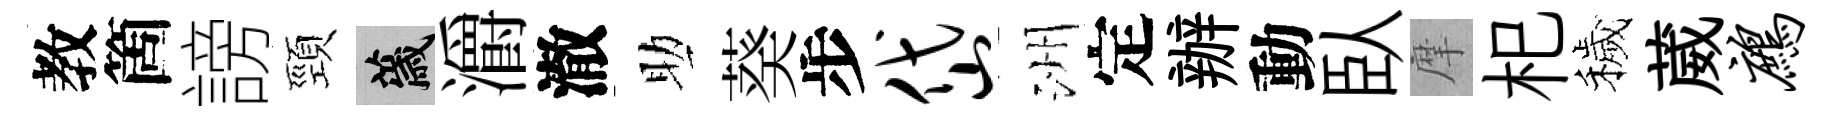
教箇謗頸薉灂澈助葵步岱洲定辦動臥摩𣏌穢葳鹧